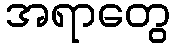
အရာတွေ